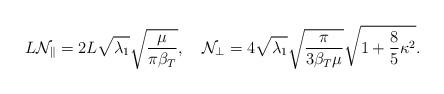
LaTeX: \begin{align*}L{\cal N}_{\parallel}=2L\sqrt{\lambda_1}\sqrt{\frac{\mu}{\pi\beta_T}}, \quad{\cal N}_{\perp}=4\sqrt{\lambda_1}\sqrt{\frac{\pi}{3\beta_T\mu}}\sqrt{1+\frac85\kappa^2}.\end{align*}